Annual report on the Civil Veterinary Department, Burma (including the Insein Veterinary School) - 1932-1941
Year: 1932
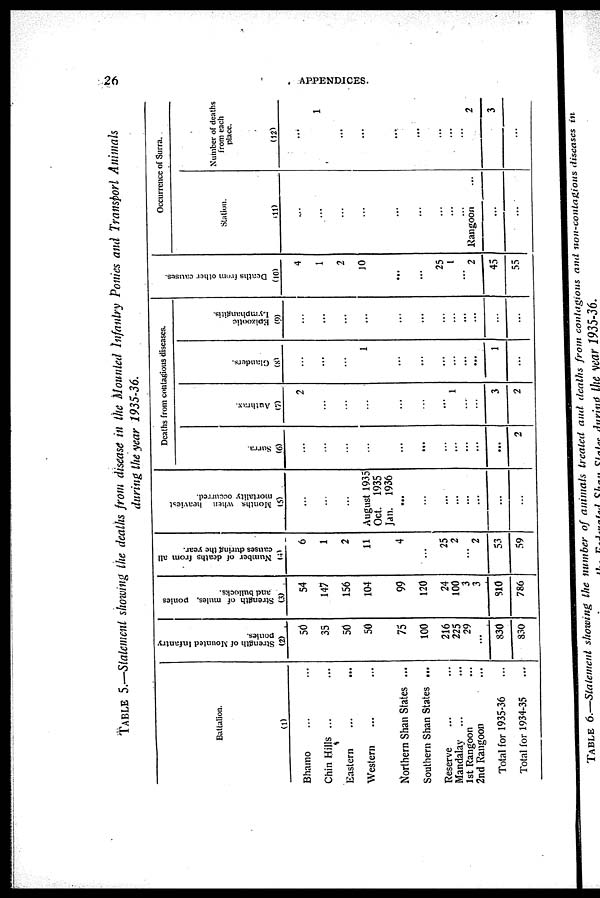
26
APPENDICES.
TABLE 5.—Statement showing the deaths from disease in the Mounted Infantry Ponies and Transport
Animals
during the year
1935-36.
Battalion.
(1)
Bhamo ... ...
Chin Hills ... ...
Eastern
...
...
Western ... ...
Northern Shan States ...
Southern Shan States ...
Reserve ... ...
Mandalay ... ...
1st Rangoon ...
2nd Rangoon ...
Total for 1935-36 ...
Total for 1934-35 ...
Strength of Mounted Infantry
ponies.
(2)
50
35
50
50
75
100
216
225
29
...
830
830
Strength of mules, ponies
and bullocks.
(3)
54
147
156
104
99
120
24
100
3
3
310
786
Number of deaths from all
causes during the year.
(4)
6
1
2
11
4
...
25
2
...
2
53
59
Months when heaviest
mortality occurred.
(5)
...
...
...
August 1935
Oct. 1935
Jan. 1936
...
...
...
...
...
...
...
...
Deaths from contagious diseases.
Surra.
(6)
...
...
...
...
...
...
...
...
...
...
...
2
Authrax.
(7)
2
...
...
...
...
...
...
1
...
...
3
2
Glanders.
(8)
...
...
1
...
...
...
...
...
...
1
...
Epizootic
Lymphangitis.
(9)
...
...
...
...
...
...
...
...
...
...
...
Deaths from other causes.
(10)
4
1
2
10
...
...
25
1
...
2
45
55
Occurrence of Surra.
Station.
(11)
...
...
...
...
...
...
...
...
...
Rangoon ...
...
...
Number of deaths
from each
place.
(12)
...
1
...
...
...
...
...
...
...
2
3
...